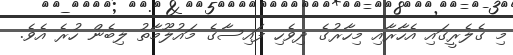
މި ގެލެރީގައި އެހާރާއި މިހާރުގެ ދިވެހި ފައިސާގެ މައުލޫމާތު ލިބެން ހުރެ އެވެ.